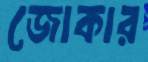
জোকার